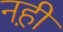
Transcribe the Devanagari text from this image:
नह़ी